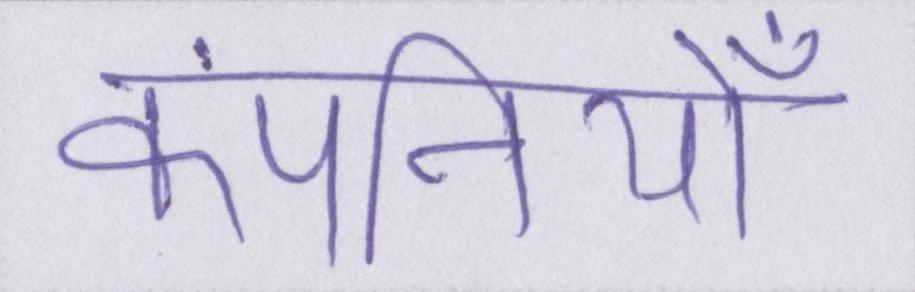
कंपनियोँ